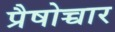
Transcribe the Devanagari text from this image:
प्रैषोच्चार